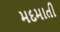
મદમાતી